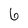
Character: 6